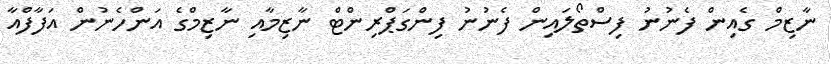
ނާޒިމް ގެއިން ފެނުނު ފިސްތޯލައިން ފެނުނު ފިންގަޕްރިންޓް ނާޒިމާއި ނާޒިމްގެ އަންހެނުން އަފާފްއާ